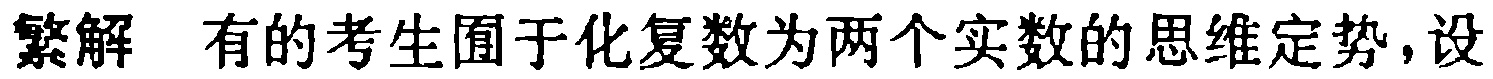
繁解 有的考生囿于化复数为两个实数的思维定势，设